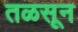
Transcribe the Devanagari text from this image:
तळसून